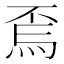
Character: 𱫇